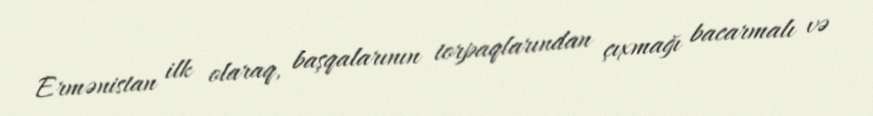
Ermənistan ilk olaraq, başqalarının torpaqlarından çıxmağı bacarmalı və